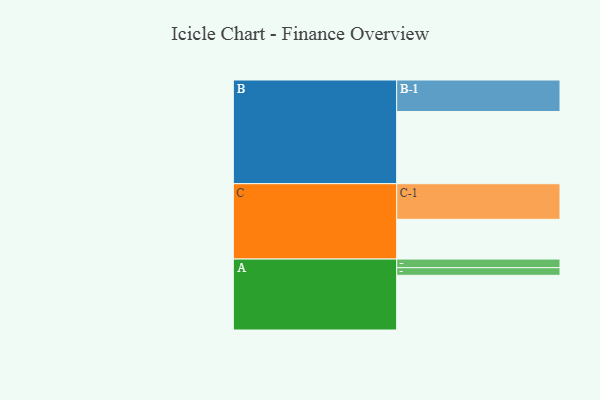
{"axis": {"x": "Segment", "y": "Value"}, "legend": ["", "A", "B", "C"], "data": [{"x": "A", "y": 444, "type": ""}, {"x": "B", "y": 586, "type": ""}, {"x": "C", "y": 323, "type": ""}, {"x": "A-1", "y": 70, "type": "A"}, {"x": "A-2", "y": 62, "type": "A"}, {"x": "B-1", "y": 256, "type": "B"}, {"x": "C-1", "y": 289, "type": "C"}]}